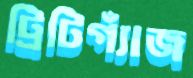
ট্রিটিগ্যাঁজ